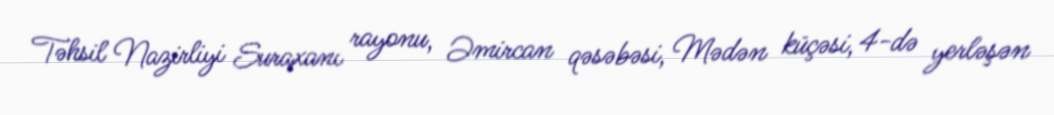
Təhsil Nazirliyi Suraxanı rayonu, Əmircan qəsəbəsi, Mədən küçəsi, 4-də yerləşən